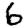
Digit: 6